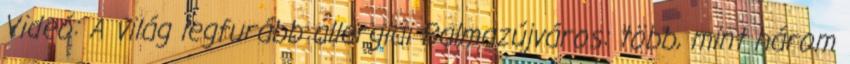
Videó: A világ legfurább allergiái Balmazújváros: több, mint három